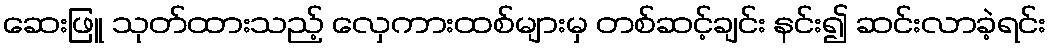
ဆေးဖြူ သုတ်ထားသည့် လှေကားထစ်များမှ တစ်ဆင့်ချင်း နင်း၍ ဆင်းလာခဲ့ရင်း